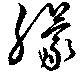
朦